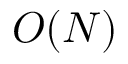
O ( N )